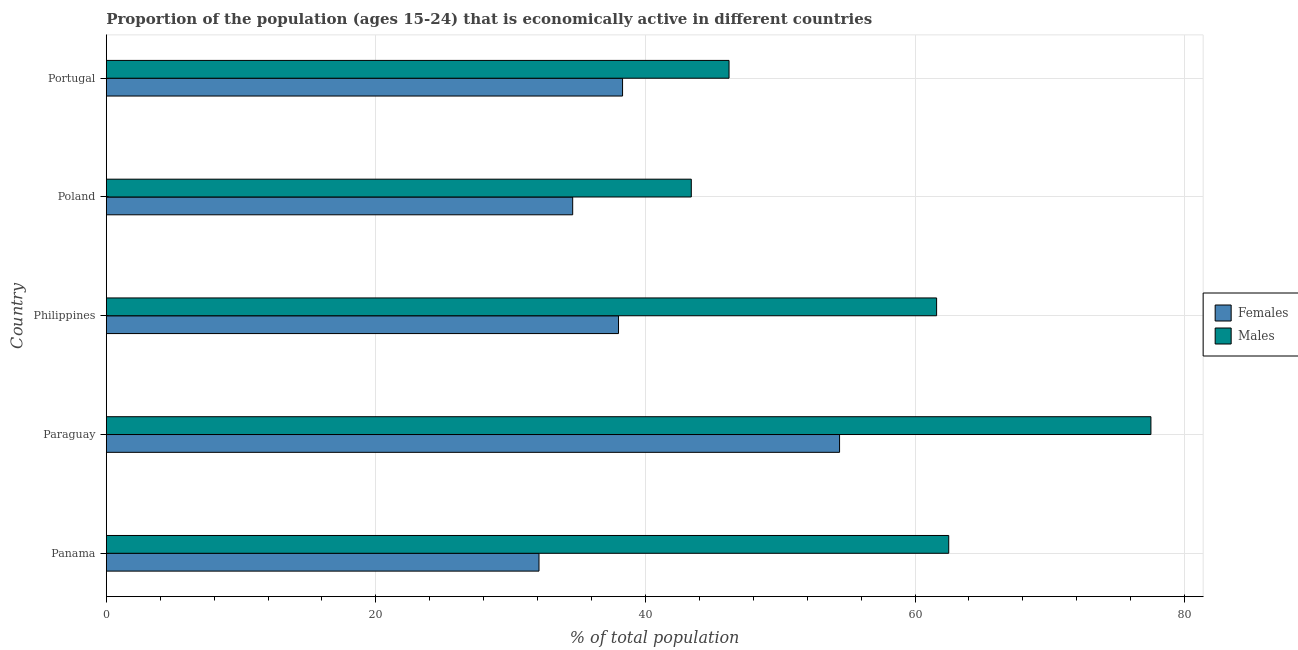
| Country | Females | Males |
 | --- | --- | --- |
 | Panama | 32.1 | 62.5 |
 | Paraguay | 54.4 | 77.5 |
 | Philippines | 38 | 61.6 |
 | Poland | 34.6 | 43.4 |
 | Portugal | 38.3 | 46.2 |